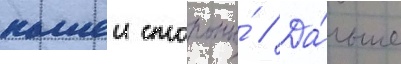
нашеи стороны́ // Да́льше